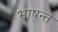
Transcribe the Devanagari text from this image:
भाषन्ते